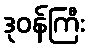
ဒုဝန်ကြီး